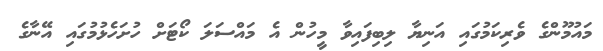
މައުމޫންގެ ވެރިކަމުގައި އަނިޔާ ލިބިފައިވާ މީހުން އެ މައްސަލަ ކޯޓަށް ހުށަހެޅުމުގައި އޭނާގެ